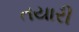
તયારી